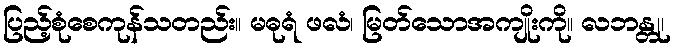
ပြည့်စုံစေကုန်သတည်း။ မဓုရံ ဖလံ၊ မြတ်သောအကျိုးကို။ လဘန္တု၊